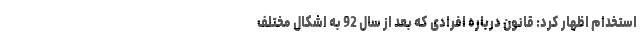
استخدام اظهار کرد: قانون درباره افرادی که بعد از سال 92 به اشکال مختلف